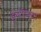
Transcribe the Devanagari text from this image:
इन्स्टीच्यूट्स